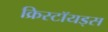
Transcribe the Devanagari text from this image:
क्रिस्टॉयड्स